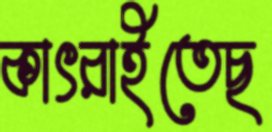
কাৎরাইতেছ